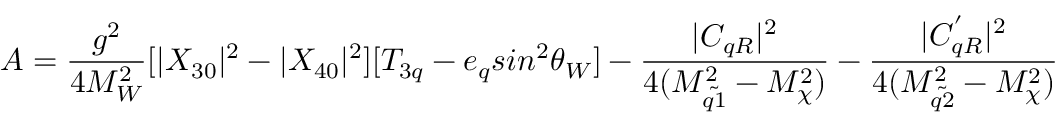
A = \frac { g ^ { 2 } } { 4 M _ { W } ^ { 2 } } [ | X _ { 3 0 } | ^ { 2 } - | X _ { 4 0 } | ^ { 2 } ] [ T _ { 3 q } - e _ { q } s i n ^ { 2 } \theta _ { W } ] - \frac { | C _ { q R } | ^ { 2 } } { 4 ( M _ { \tilde { q 1 } } ^ { 2 } - M _ { \chi } ^ { 2 } ) } - \frac { | C _ { q R } ^ { ' } | ^ { 2 } } { 4 ( M _ { \tilde { q 2 } } ^ { 2 } - M _ { \chi } ^ { 2 } ) }